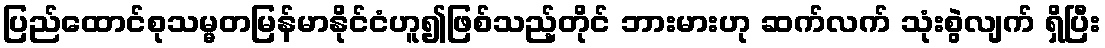
ပြည်ထောင်စုသမ္မတမြန်မာနိုင်ငံဟူ၍ဖြစ်သည့်တိုင် ဘားမားဟု ဆက်လက် သုံးစွဲလျက် ရှိပြီး